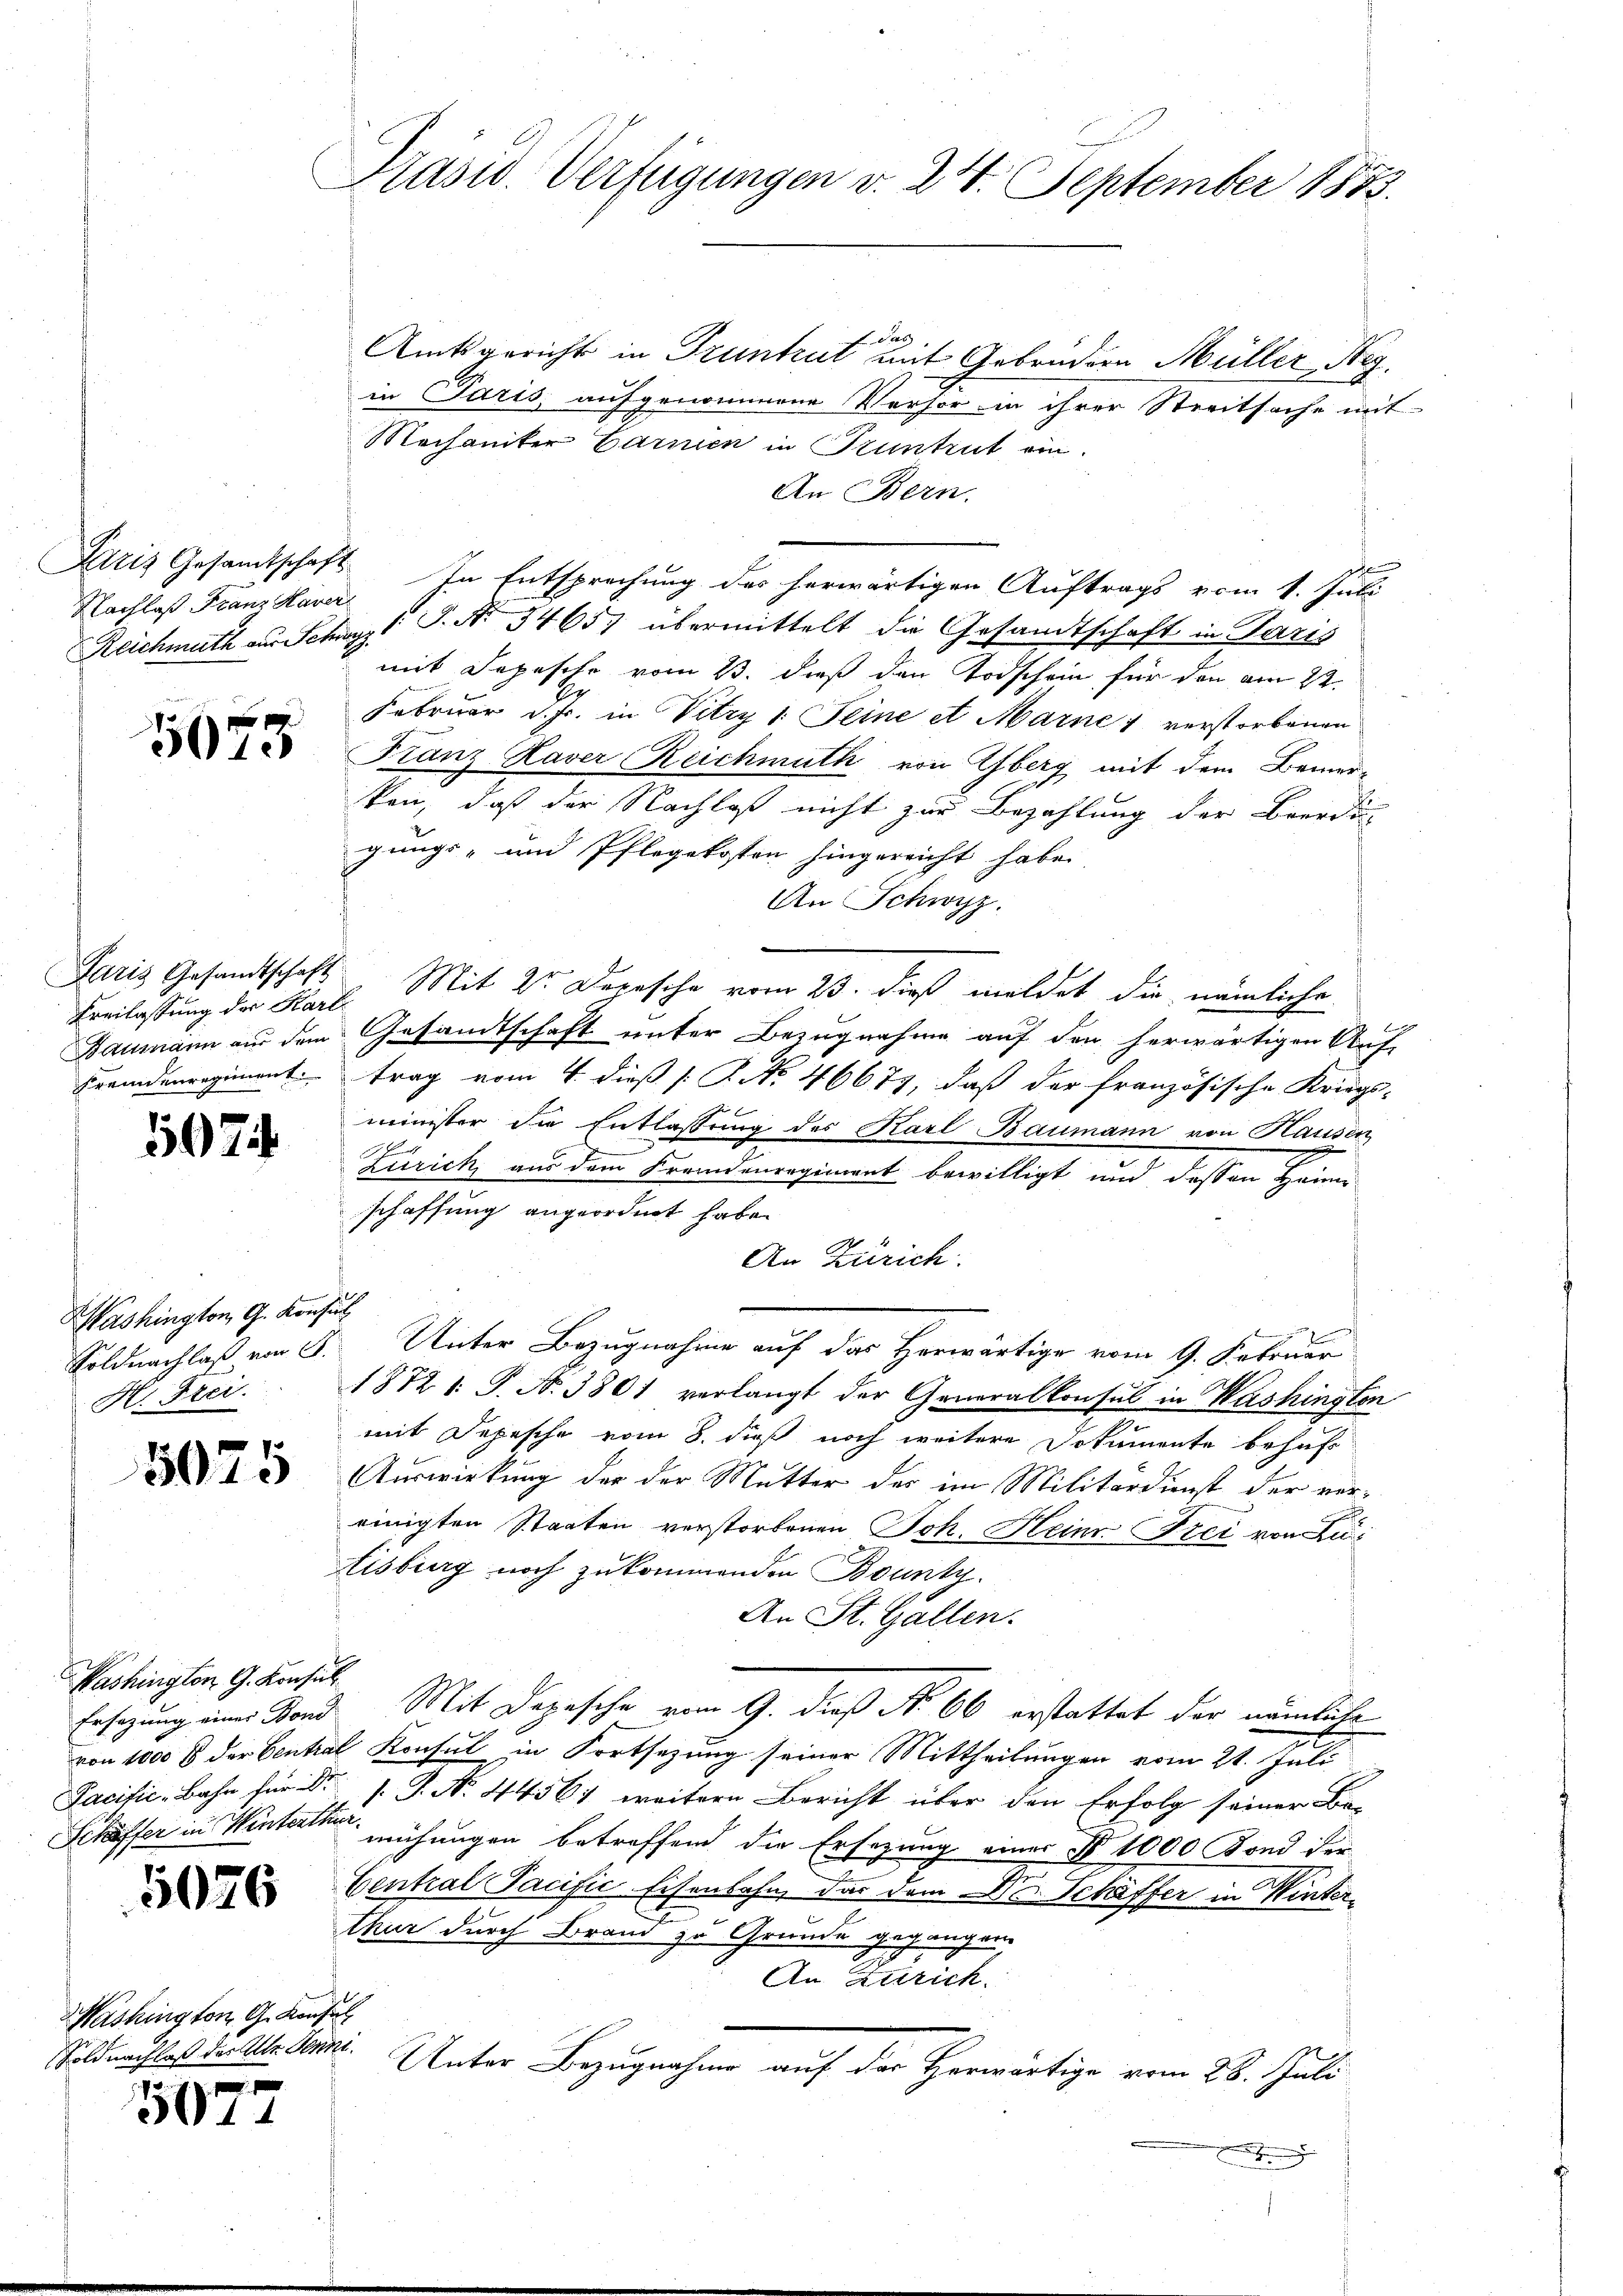
Nachlaß Franz Haver

5075

Ereilassung der Karl
Baumann aus dem
Fremdenregiment.

597

Washington, G. Konse
Soldnachlaß vom 21.
H. Frei

5075

Washington G. Konsul
Ersezung einer Fond
Pacific-Bahn für Sr.

5026

Washington G. Konsul
Soldnachlaß der Alle Senni

01

Präsid. Verfügungen v. 24. September 1883.

f das
Amtsgericht in Truntrut mit Gebrüdern Müller Reg.
in Paris, aufgenommene Verhör in ihrer Streitsache mit
Mechaniker Carnen in Kuntrut ein
An Bern.
Paris Gesamtschaft. In Entsprechung des herwärtigen Auftrags vom 1. Juli
Reichmuth aus Schwyz I S. No 34657 übermittelt die Gesandtschaft in Paris
mit Depesche vom 23. dieß den Todschein für den am 22.
Februar d. Js. in Vitzy 1. Seine et Marne 1 verstorbenen
Franz Haver Reichmuth von Yberg mit dem Bemer-
ken, daß der Nachlaß nicht zur Bezahlung der Beerdi
gungs- und Pflegekosten hingereicht habe.
An Schwyz.
Paris Gesandtschaft. Mit 2 Depesche vom 23. dieß meldet die nämliche
Gesandtschaft unter Bezugnahme auf den herwärtigen Auf-
trag vom 4. dieß [ P. No. 46677, daß der französische Kriegs-
minister die Entlassung des Karl Baumann von Hausen
h
g
Zürich, aus dem Fremdenregiment bewilligt und dessen Heim-
schaffung angeordnet habe.
An Zürich
d
Unter Bezugnahme auf das Herwärtige vom 9. Februar
1872 1 S. N. 3801 verlangt der Generalkonsul in Washington
mit Depesche vom 8. dieß noch weitere Dokumente behuf
Auswirkung der der Mutter des im Militärdienst der ver-
einigten Staaten verstorbenen Joh. Heim Frei von Di¬
Eisburg noch zukommenden Bounty.
An St. Gallen.
Mit Depesche vom 9. dieß No 66 erstattet der nämliche
von 1000 S der Central Konsul in Fortsezung seiner Mittheilungen vom 21. Juli
/. P. N. 44561 weitere Bericht über den Erfolg seiner Be-
Schaffer in Winter mühungen betreffend die Ersezung einer No 1000 Fond der
Central Pacifić Eisenbahn, das vom Dr. Schäffer in Winterthur durch Brand zu Grunde gegangen.
An Zürich.
Unter Bezugnahme auf der Horwärtige vom 28. Juli
n